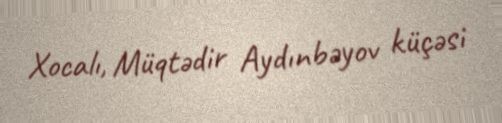
Xocalı, Müqtədir Aydınbəyov küçəsi